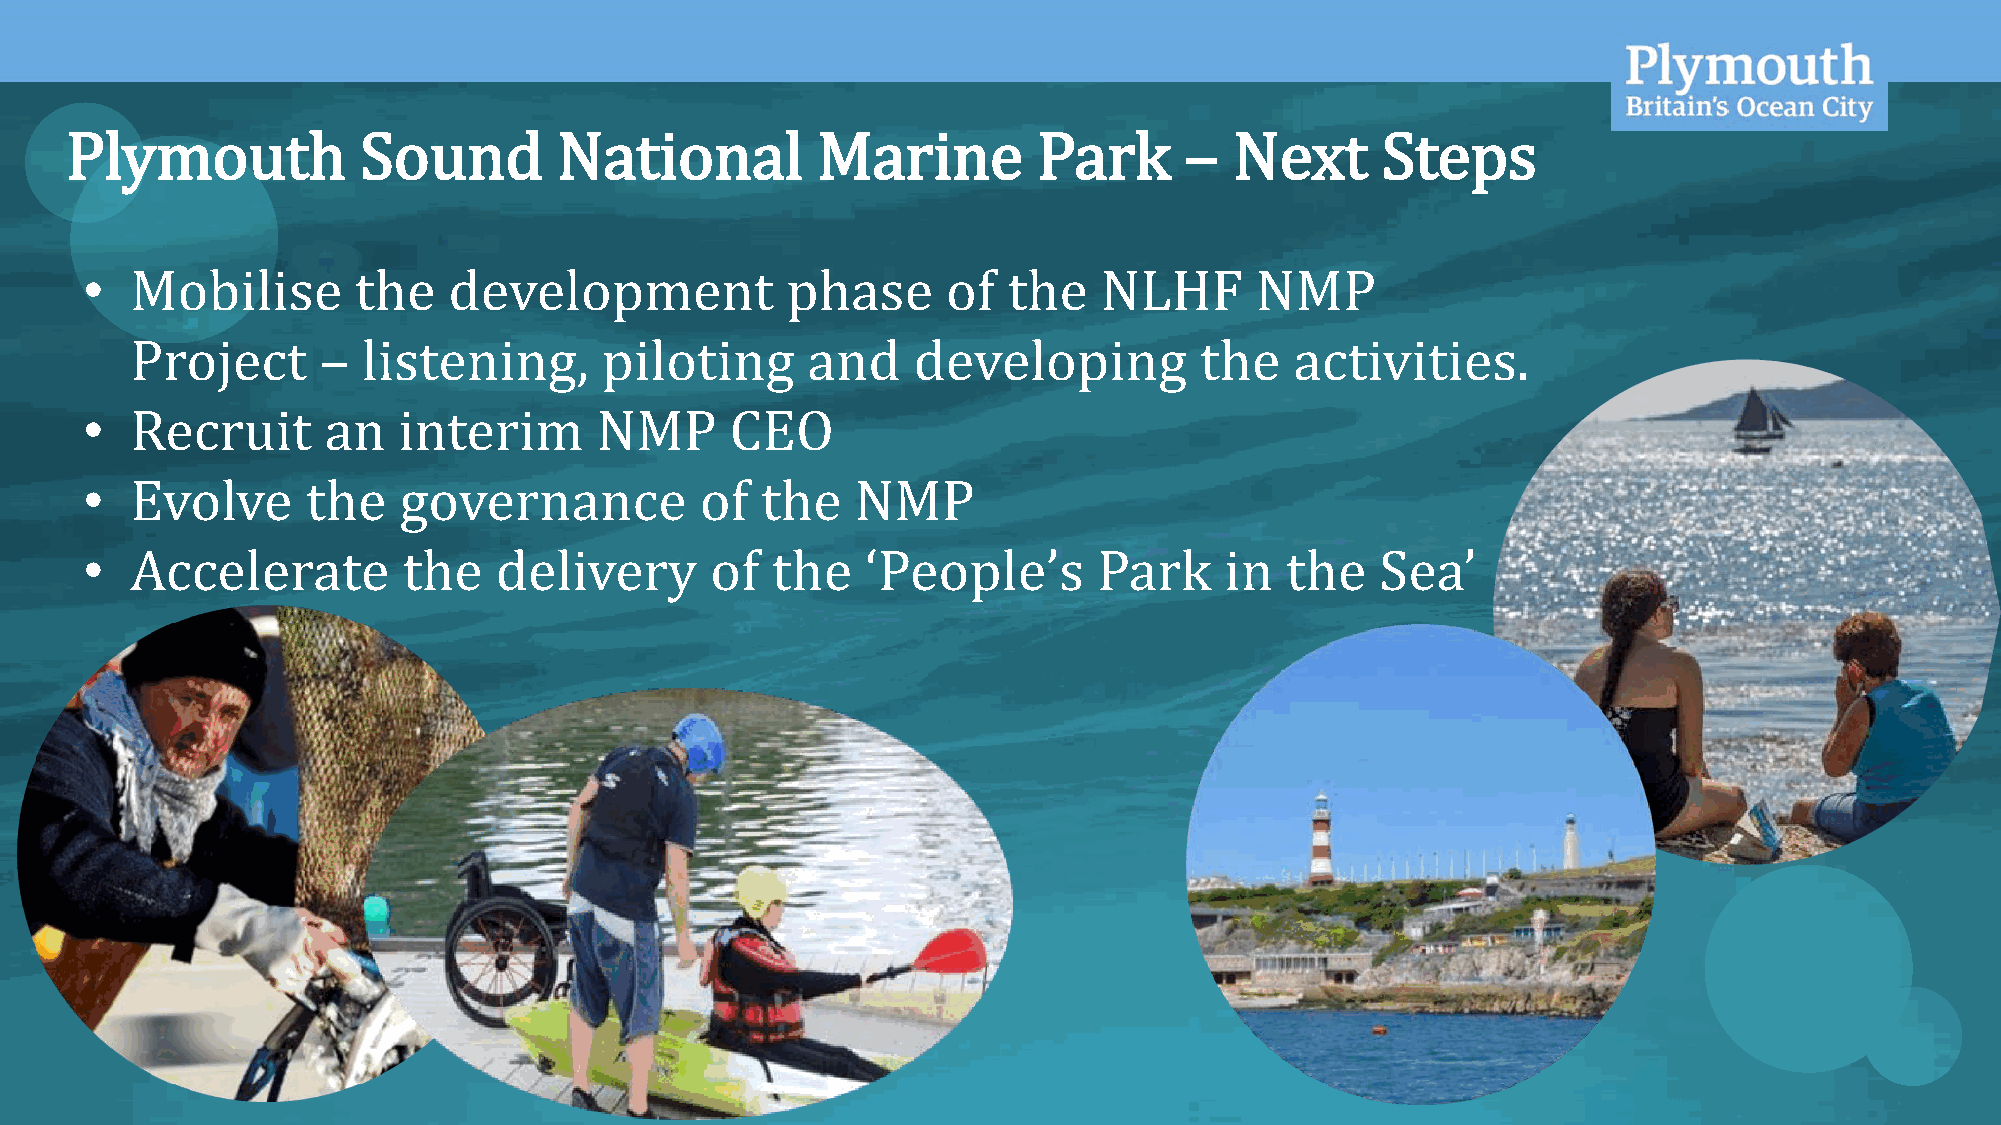
OFFICIAL
 Plymouth            Sound        National         Marine         Park     –   Next     Steps
 •   Mobilise      the    development           phase      of  the   NLHF      NMP
 Project     –  listening,      piloting     and    developing         the    activities.
 •   Recruit     an   interim      NMP      CEO
 •   Evolve     the   governance          of  the    NMP
 •   Accelerate        the   delivery      of  the   ‘People’s       Park    in  the   Sea’